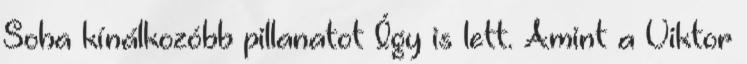
Soha kínálkozóbb pillanatot Így is lett. Amint a Viktor